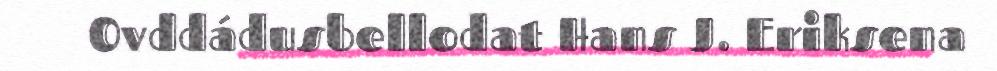
Ovddádusbellodat Hans J. Eriksena